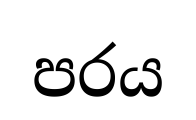
පරය